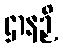
ဌာနဉှိ